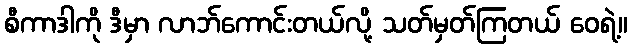
စီကာဒါကို ဒီမှာ လာဘ်ကောင်းတယ်လို့ သတ်မှတ်ကြတယ် ဝေရဲ့။